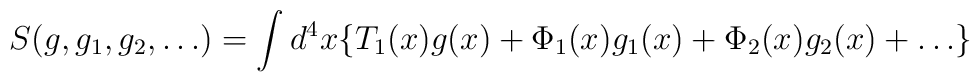
S(g,g_1,g_2, \ldots) = \int d^4 x \{T_1(x)g(x) + \Phi_1(x)g_1(x) + \Phi_2(x)g_2(x)+ \ldots\}